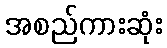
အစည်ကားဆုံး